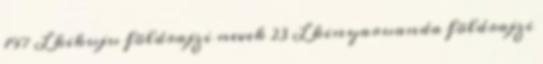
197 L kikuju földrajzi nevek‎ 23 L kinyaruanda földrajzi